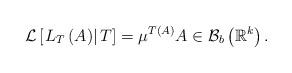
LaTeX: \begin{align*}\mathcal{L}\left[ \left. L_{T}\left( A\right) \right\vert T\right] =\mu^{T\left( A\right) }A\in \mathcal{B}_{b}\left( \mathbb{R}^{k}\right) . \end{align*}